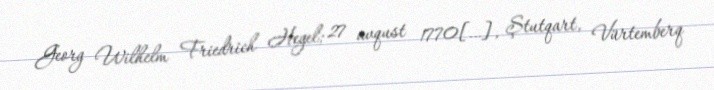
Georg Wilhelm Friedrich Hegel; 27 avqust 1770[…], Ştutqart, Vürtemberq